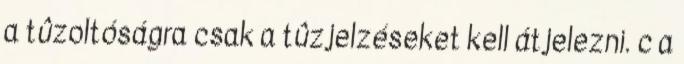
a tûzoltóságra csak a tûzjelzéseket kell átjelezni. c a